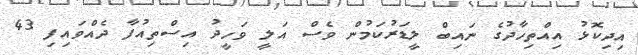
އިދިކޮޅު އިއްތިހާދުގެ ނައިބް ލީޑަރުކަމުން ވެސް އަލީ ވަހީދު އިސްތިއުފާ ދެއްވައިފި 43